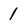
Character: 1